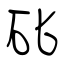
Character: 䂗